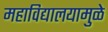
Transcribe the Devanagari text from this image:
महाविद्यालयामुळे